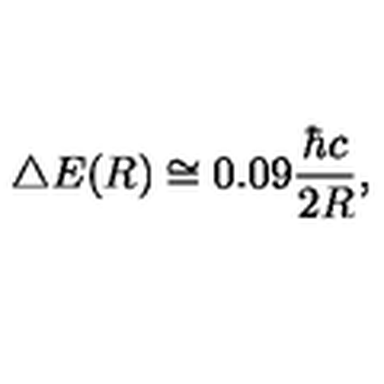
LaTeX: \bigtriangleup E ( R ) \cong 0 . 0 9 { \frac { { \hbar } c } { 2 R } } ,